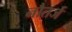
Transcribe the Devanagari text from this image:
नौतर्ज